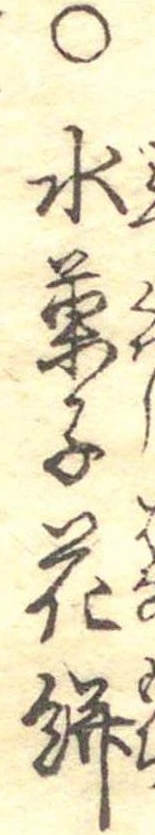
○水菓子花餅